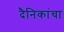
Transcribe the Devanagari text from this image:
दैनिकांचा